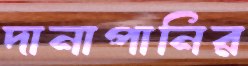
দানাপানির